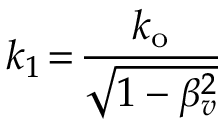
k _ { 1 } \! = \! \frac { k _ { \mathrm { o } } } { \sqrt { 1 - \beta _ { v } ^ { 2 } } }